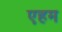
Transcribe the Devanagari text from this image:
एहम